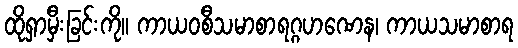
ထိုရှာမှီးခြင်းကို။ ကာယဝစီသမာစာရဂ္ဂဟဏေန၊ ကာယသမာစာရ